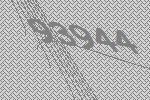
93944